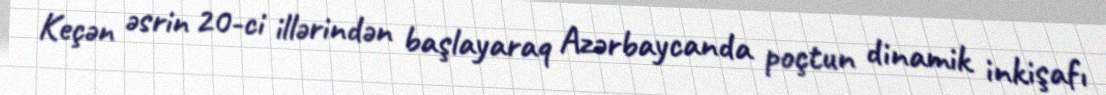
Keçən əsrin 20-ci illərindən başlayaraq Azərbaycanda poçtun dinamik inkişafı